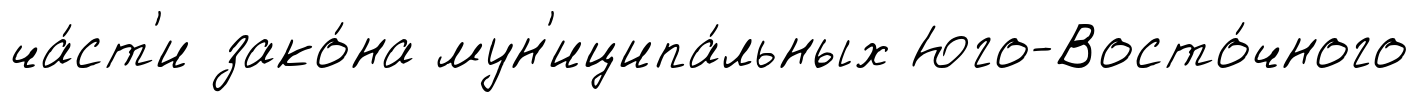
ча́ст'и зако́на мун'иципа́льных Юго-Восто́чного